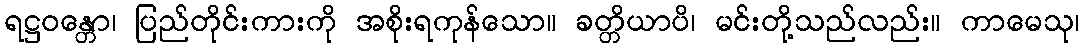
ရဋ္ဌဝန္တော၊ ပြည်တိုင်းကားကို အစိုးရကုန်သော။ ခတ္တိယာပိ၊ မင်းတို့သည်လည်း။ ကာမေသု၊